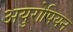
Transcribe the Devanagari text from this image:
अयुरोपियन